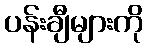
ပန်းချီများကို